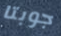
جوبتا